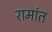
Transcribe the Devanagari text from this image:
रामांत